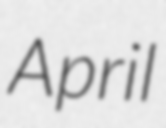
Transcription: April